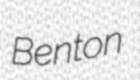
Benton